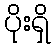
ပိုးရှိ